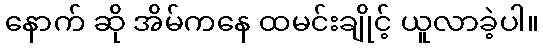
နောက် ဆို အိမ်ကနေ ထမင်းချိုင့် ယူလာခဲ့ပါ။